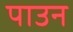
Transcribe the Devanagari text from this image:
पाउन